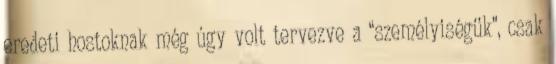
eredeti hostoknak még úgy volt tervezve a “személyiségük”, csak